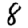
Digit: 8